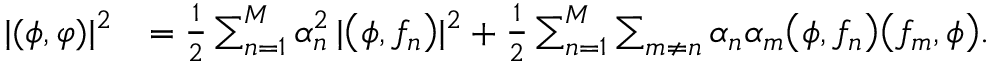
\begin{array} { r l } { | ( \phi , \varphi ) | ^ { 2 } } & { = \frac { 1 } { 2 } \sum _ { n = 1 } ^ { M } \alpha _ { n } ^ { 2 } \, | \bigl ( \phi , f _ { n } \bigr ) | ^ { 2 } + \frac { 1 } { 2 } \sum _ { n = 1 } ^ { M } \sum _ { m \neq n } \alpha _ { n } \alpha _ { m } \bigl ( \phi , f _ { n } \bigr ) \bigl ( f _ { m } , \phi \bigr ) . } \end{array}